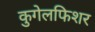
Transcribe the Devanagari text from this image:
कुगेलफिशर